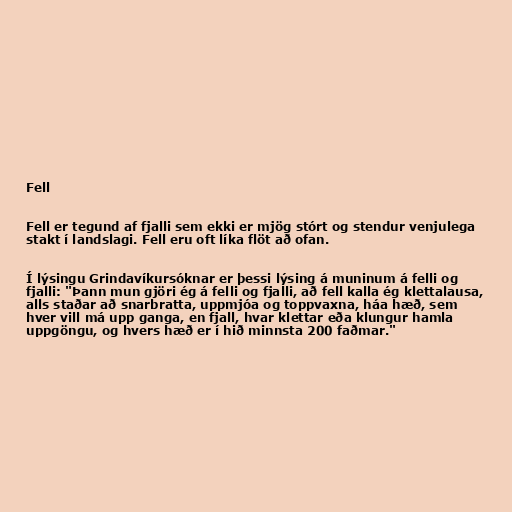
Fell

Fell er tegund af fjalli sem ekki er mjög stórt og stendur venjulega
stakt í landslagi. Fell eru oft líka flöt að ofan.

Í lýsingu Grindavíkursóknar er þessi lýsing á muninum á felli og
fjalli: "Þann mun gjöri ég á felli og fjalli, að fell kalla ég klettalausa,
alls staðar að snarbratta, uppmjóa og toppvaxna, háa hæð, sem
hver vill má upp ganga, en fjall, hvar klettar eða klungur hamla
uppgöngu, og hvers hæð er í hið minnsta 200 faðmar."